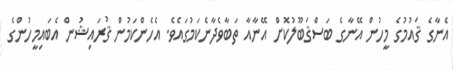
އެނާގެ ޤައުމުގެ މީހުން އޭނާގެ ބަސްޤަބޫލުކޮށް އޭނާއާ ތަބާވެދާނެކަމުގައެވެ. އެހެންކަމުން ޤުރައިޝުން އެބައިމީހުންގެ